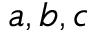
a , b , c